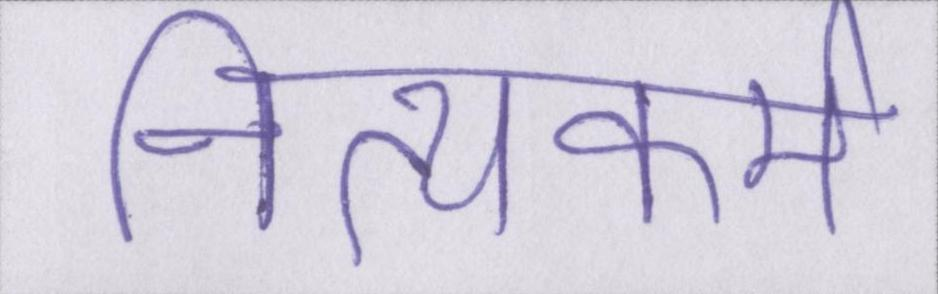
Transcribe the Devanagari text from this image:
नित्यकर्म